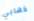
ذهابي